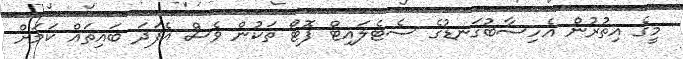
މީގެ އިތުރުން އެހިސާބުގަނޑުގެ ސެޓެލައިޓް ފޮޓޯ ތަކުން ވެސް އެފަދަ ބައިތައް ކަމަށް